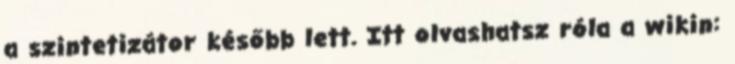
a szintetizátor később lett. Itt olvashatsz róla a wikin: